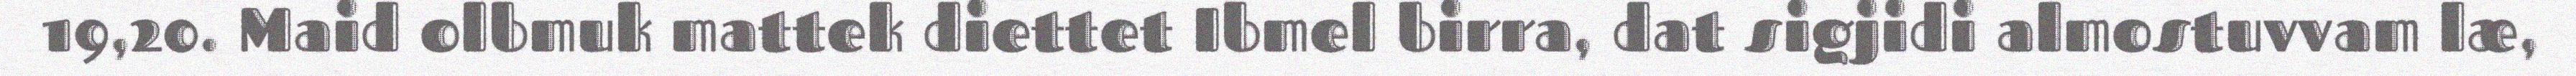
19,20. Maid olbmuk mattek diettet Ibmel birra, dat sigjidi almostuvvam læ,